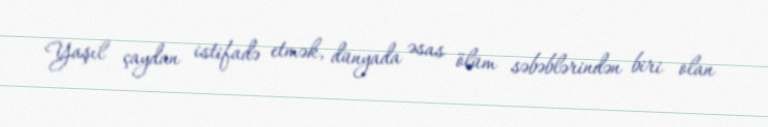
Yaşıl çaydan istifadə etmək, dünyada əsas ölüm səbəblərindən biri olan